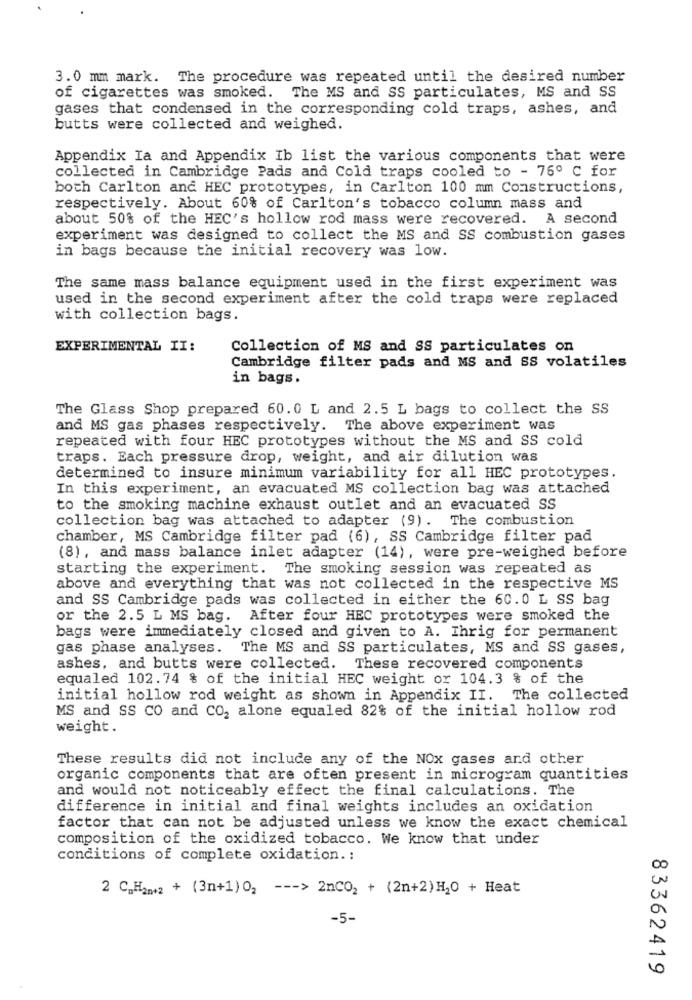
3.0 mm mark. The procedure was repeated until the desired number
of cigarettes was smoked. The MS and SS particulates, MS and SS
gases that condensed in the corresponding cold traps, ashes, and
butts were collected and weighed.
Appendix Ia and Appendix Ib list the various components that were
collected in Cambridge Pads and Cold traps cooled to - 76º C for
both Carlton and HEC prototypes, in Carlton 100 mm Constructions,
respectively. About 60% of Carlton's tobacco column mass and
about 50% of the HEC's hollow rod mass were recovered. A second
experiment was designed to collect the MS and SS combustion gases
in bags because the initial recovery was low.
The same mass balance equipment used in the first experiment was
used in the second experiment after the cold traps were replaced
with collection bags.
EXPERIMENTAL II:
Collection of MS and SS particulates on
Cambridge filter pads and MS and SS volatiles
in bags.
The Glass Shop prepared 60.0 L and 2.5 L bags to collect the SS
and MS gas phases respectively. The above experiment was
repeated with four HEC prototypes without the MS and SS cold
traps. Each pressure drop, weight, and air dilution was
determined to insure minimum variability for all HEC prototypes.
In this experiment, an evacuated MS collection bag was attached
to the smoking machine exhaust outlet and an evacuated SS
collection bag was attached to adapter (9). The combustion
chamber, MS Cambridge filter pad (6), SS Cambridge filter pad
(8), and mass balance inlet adapter (14), were pre-weighed before
starting the experiment. The smoking session was repeated as
above and everything that was not collected in the respective MS
and SS Cambridge pads was collected in either the 60.0 L SS bag
or the 2.5 L MS bag. After four HEC prototypes were smoked the
bags were immediately closed and given to A. Ihrig for permanent
gas phase analyses. The MS and SS particulates, MS and SS gases,
ashes, and butts were collected. These recovered components
equaled 102.74 % of the initial HEC weight or 104.3 % of the
initial hollow rod weight as shown in Appendix II. The collected
MS and SS CO and CO2 alone equaled 82% of the initial hollow rod
weight.
These results did not include any of the NOx gases and other
organic components that are often present in microgram quantities
and would not noticeably effect the final calculations. The
difference in initial and final weights includes an oxidation
factor that can not be adjusted unless we know the exact chemical
composition of the oxidized tobacco. We know that under
conditions of complete oxidation .:
2 C_Ham+2 + (3n+1)02 --- >2nCO2 + (2n+2)H20 + Heat
-5-
83362419